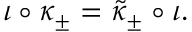
\iota \circ \kappa _ { \pm } = \tilde { \kappa } _ { \pm } \circ \iota .